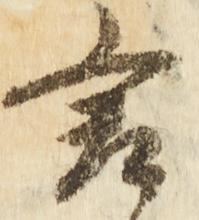
言